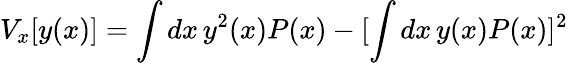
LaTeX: V_{x}[y(x)]=\int dx\, y^{2}(x)P(x)-[\int dx\, y(x)P(x)]^{2}